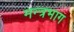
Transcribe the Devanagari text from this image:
मन्त्रभाग